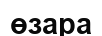
өзара